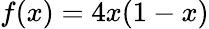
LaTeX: f(x)=4x(1-x)